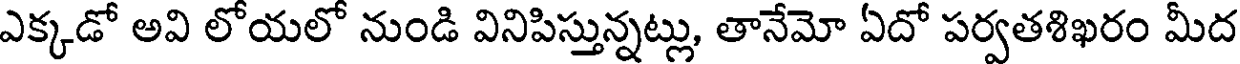
ఎక్కడో అవి లోయలో నుండి వినిపిస్తున్నట్లు, తానేమో ఏదో పర్వతశిఖరం మీద